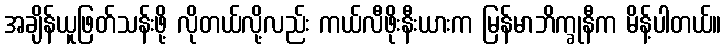
အချိန်ယူဖြတ်သန်းဖို့ လိုတယ်လို့လည်း ကယ်လီဖိုးနီးယားက မြန်မာဘိက္ခုနီက မိန့်ပါတယ်။